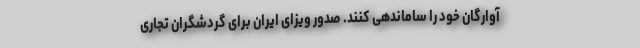
آوارگان خود را ساماندهی کنند. صدور ویزای ایران برای گردشگران تجاری